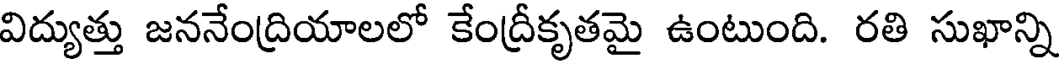
విద్యుత్తు జననేంద్రియాలలో కేంద్రీకృతమై ఉంటుంది. రతి సుఖాన్ని